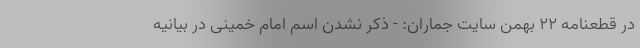
در قطعنامه 22 بهمن سایت جماران: - ذکر نشدن اسم امام خمینی در بیانیه